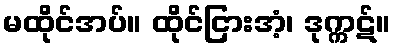
မထိုင်အပ်။ ထိုင်ငြားအံ့၊ ဒုက္ကဋ်။